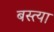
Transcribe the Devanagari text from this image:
बस्त्या